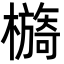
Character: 檹